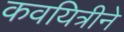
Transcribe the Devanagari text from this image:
कवयित्रीने